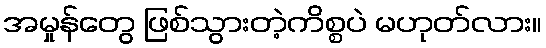
အမှုန်တွေ ဖြစ်သွားတဲ့ကိစ္စပဲ မဟုတ်လား။